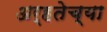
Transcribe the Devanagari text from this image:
अर्हतेच्या